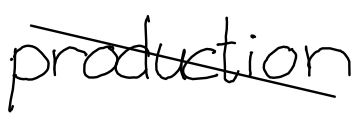
Text: production
Cross-out: diagonal
Writing tool: digital_black